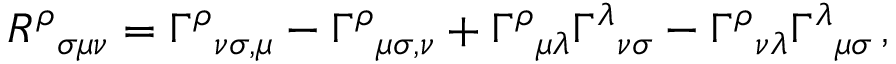
R ^ { \rho } { } _ { \sigma \mu \nu } = \Gamma ^ { \rho } { } _ { \nu \sigma , \mu } - \Gamma ^ { \rho } { } _ { \mu \sigma , \nu } + \Gamma ^ { \rho } { } _ { \mu \lambda } \Gamma ^ { \lambda } { } _ { \nu \sigma } - \Gamma ^ { \rho } { } _ { \nu \lambda } \Gamma ^ { \lambda } { } _ { \mu \sigma } \, ,